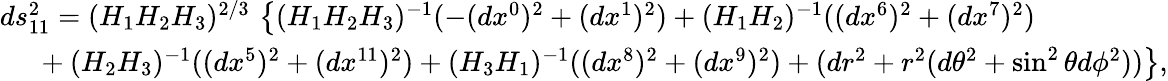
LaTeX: \begin{array}{l}{{ds_{11}^{2}=(H_{1}H_{2}H_{3})^{2/3}\, \left\{ (H_{1}H_{2}H_{3})^{-1}(-(dx^{0})^{2}+(dx^{1})^{2})+(H_{1}H_{2})^{-1}((dx^{6})^{2}+(dx^{7})^{2})\right.}}\\ {{\left.~~~~~+(H_{2}H_{3})^{-1}((dx^{5})^{2}+(dx^{11})^{2})+(H_{3}H_{1})^{-1}((dx^{8})^{2}+(dx^{9})^{2})+(dr^{2}+r^{2}(d\theta^{2}+\sin^{2}\theta d\phi^{2}))\right\} ,}}\end{array}